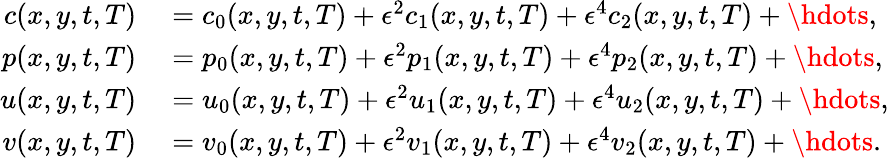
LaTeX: \begin{array}{rl}{c(x,y,t,T)}&{{}=c_{0}(x,y,t,T)+\epsilon^{2}c_{1}(x,y,t,T)+\epsilon^{4}c_{2}(x,y,t,T)+\hdots,}\\ {p(x,y,t,T)}&{{}=p_{0}(x,y,t,T)+\epsilon^{2}p_{1}(x,y,t,T)+\epsilon^{4}p_{2}(x,y,t,T)+\hdots,}\\ {u(x,y,t,T)}&{{}=u_{0}(x,y,t,T)+\epsilon^{2}u_{1}(x,y,t,T)+\epsilon^{4}u_{2}(x,y,t,T)+\hdots,}\\ {v(x,y,t,T)}&{{}=v_{0}(x,y,t,T)+\epsilon^{2}v_{1}(x,y,t,T)+\epsilon^{4}v_{2}(x,y,t,T)+\hdots.}\end{array}